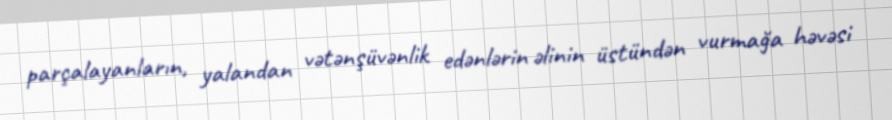
parçalayanların, yalandan vətənşüvənlik edənlərin əlinin üstündən vurmağa həvəsi